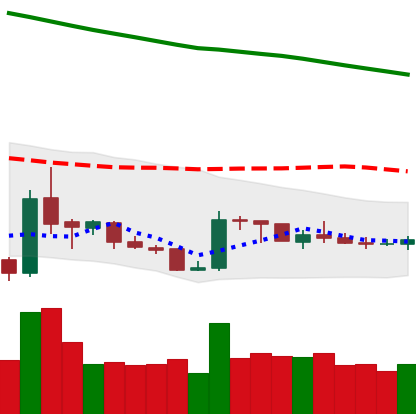
Ticker: XRP-USD
Chart end date: 2019-02-17
Forward return: 6.109%
Label: up_5_7